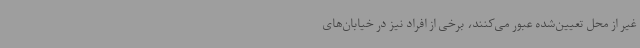
غیر از محل تعیین‌شده عبور می‌کنند، برخی از افراد نیز در خیابان‌های